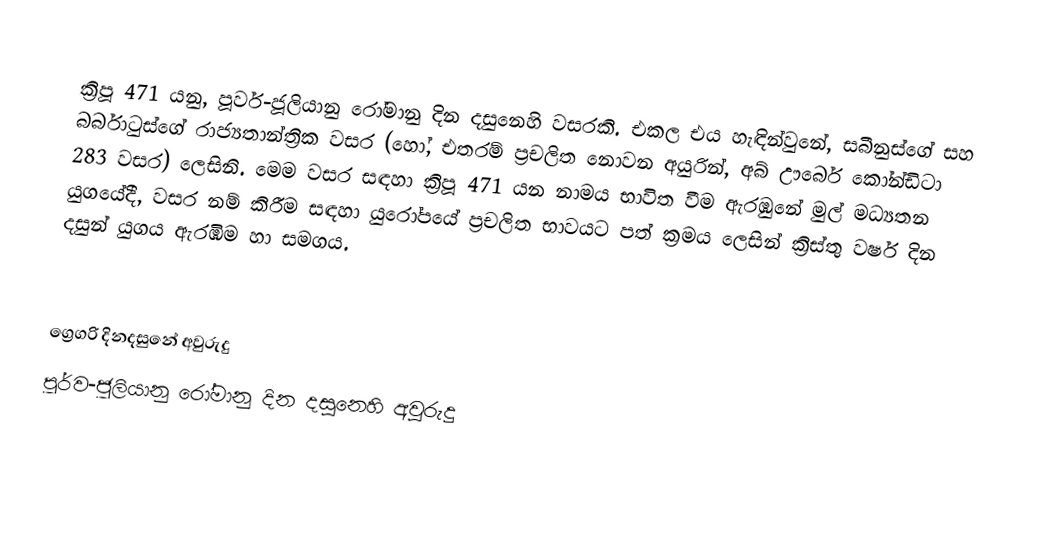

ක්‍රිපූ 471 යනු, පූර්ව-ජූලියානු රෝමානු දින දසුනෙහි වසරකි. එකල එය හැඳින්වුනේ, සබීනුස්ගේ සහ බර්බාටුස්ගේ රාජ්‍යතාන්ත්‍රික වසර (හෝ, එතරම් ප්‍රචලිත නොවන අයුරින්, අබ් ඌර්බෙ කෝන්ඩිටා 283 වසර) ලෙසිනි. මෙම වසර සඳහා ක්‍රිපූ 471 යන නාමය භාවිත වීම ඇරඹුනේ මුල්  මධ්‍යතන යුගයේදී, වසර නම් කිරීම සඳහා යුරෝපයේ ප්‍රචලිත භාවයට පත් ක්‍රමය ලෙසින් ක්‍රිස්තු වර්ෂ දින දසුන් යුගය ඇරඹීම හා සමගය.

ග්‍රෙගරි දිනදසුනේ අවුරුදු
පූර්ව-ජූලියානු රෝමානු දින දසුනෙහි අවුරුදු